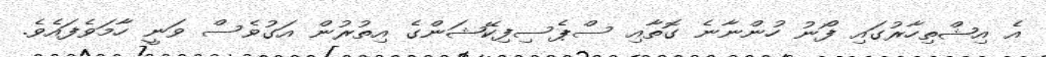
އެ އިޝްތިހާރުގައި ފޯނު ހުންނާނެ ގޮތާއި ސްޕެސިފިކޭޝަންގެ އިތުރުން އަގުވެސް ވަނީ ހާމަވެފައެވެ.